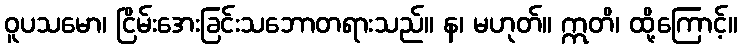
ဝူပသမော၊ ငြိမ်းအေးခြင်းသဘောတရားသည်။ န၊ မဟုတ်။ ဣတိ၊ ထို့ကြောင့်။